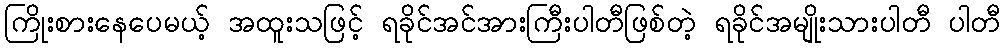
ကြိုးစားနေပေမယ့် အထူးသဖြင့် ရခိုင်အင်အားကြီးပါတီဖြစ်တဲ့ ရခိုင်အမျိုးသားပါတီ ပါတီ